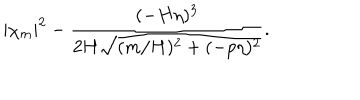
| \chi _ { m } | ^ { 2 } - \frac { ( - H \eta ) ^ { 3 } } { 2 H \sqrt { ( m / H ) ^ { 2 } + ( - p \eta ) ^ { 2 } } } .